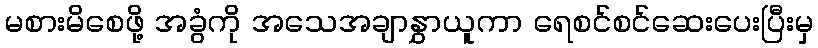
မစားမိစေဖို့ အခွံကို အသေအချာနွှာယူကာ ရေစင်စင်ဆေးပေးပြီးမှ